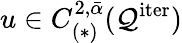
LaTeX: u\in C_{(\ast)}^{2,\bar{\alpha}}(\mathcal{Q}^{\mathrm{iter}})